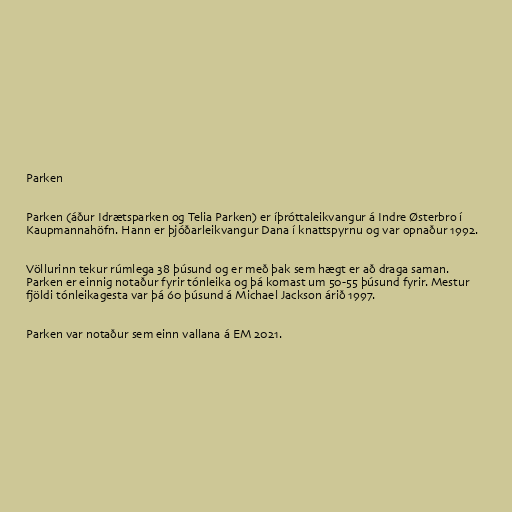
Parken

Parken (áður Idrætsparken og Telia Parken) er íþróttaleikvangur á Indre Østerbro í
Kaupmannahöfn. Hann er þjóðarleikvangur Dana í knattspyrnu og var opnaður 1992.

Völlurinn tekur rúmlega 38 þúsund og er með þak sem hægt er að draga saman.
Parken er einnig notaður fyrir tónleika og þá komast um 50-55 þúsund fyrir. Mestur
fjöldi tónleikagesta var þá 60 þúsund á Michael Jackson árið 1997.

Parken var notaður sem einn vallana á EM 2021.